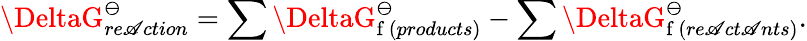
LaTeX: \DeltaG_{re\mathscr{A}ction}^{\ominus}=\sum\DeltaG_{\mathrm{{f}}\, (products)}^{\ominus}-\sum\DeltaG_{\mathrm{{f}}\, (re\mathscr{A}ct\mathscr{A}nts)}^{\ominus}.